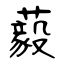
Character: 藙